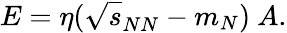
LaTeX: E=\eta(\sqrt{s}_{NN}-m_{N})~A.